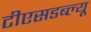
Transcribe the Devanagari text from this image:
टीएसडब्ल्यू